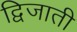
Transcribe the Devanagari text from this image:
द्विजाती